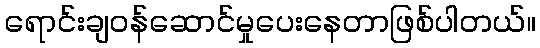
ရောင်းချဝန်ဆောင်မှုပေးနေတာဖြစ်ပါတယ်။